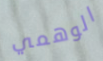
الوهمي